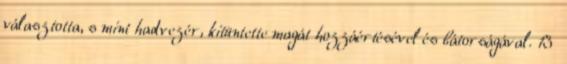
választotta, s mint hadvezér, kitüntette magát hozzáértésével és bátorságával. 13